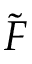
\tilde { F }